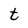
Character: t